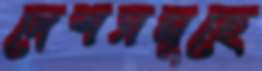
দেশসমূহে